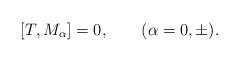
LaTeX: \begin{align*}[T,M_\alpha]=0,\qquad(\alpha=0,\pm).\end{align*}